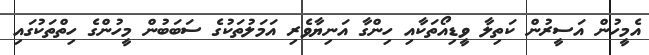
އެމީހުން އަސީރުން ކަތިލާ ވީޑިއޯތަކާއި ހިންގާ އަނިޔާވެރި އަމަލުތަކުގެ ސަބަބުން މީހުންގެ ހިތްތަކުގައި